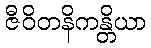
ဇီဝိတနိကန္တိယာ